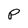
Character: p